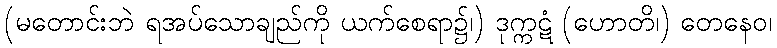
(မတောင်းဘဲ ရအပ်သောချည်ကို ယက်စေရာ၌၊) ဒုက္ကဋံ (ဟောတိ၊) တေနေဝ၊